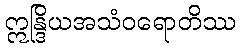
ဣန္ဒြိယအသံဝရောတိဿ